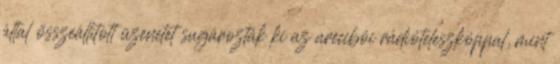
által összeállított üzenetet sugározták ki az arecibói rádióteleszkóppal, mint